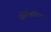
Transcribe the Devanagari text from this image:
प्रतिमॅसोनिक